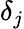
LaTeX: \delta_{j}